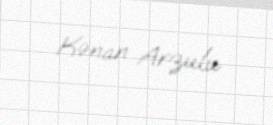
Kənan Arzulu